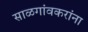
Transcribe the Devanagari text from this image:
साळगांवकरांना